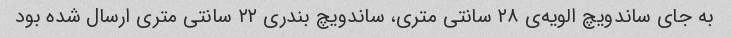
به جای ساندویچ الویه‌ی ۲۸ سانتی متری، ساندویچ بندری ۲۲ سانتی متری ارسال شده بود